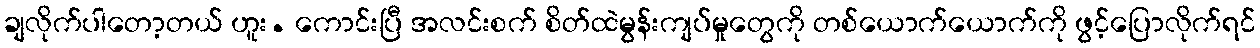
ချလိုက်ပါတော့တယ် ဟူး. ကောင်းပြီ အလင်းစက် စိတ်ထဲမွန်းကျပ်မှုတွေကို တစ်ယောက်ယောက်ကို ဖွင့်ပြောလိုက်ရင်